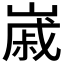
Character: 𡻷